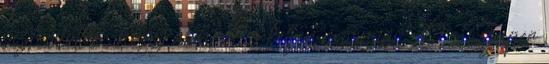
biztosították, hogy ablakot is kelljen mosnom :D . Szuper